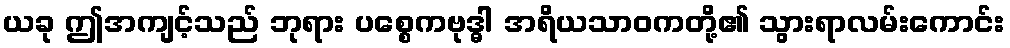
ယခု ဤအကျင့်သည် ဘုရား ပစ္စေကဗုဒ္ဓါ အရိယသာဝကတို့၏ သွားရာလမ်းကောင်း